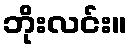
ဘိုးလင်း။